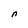
Character: n